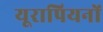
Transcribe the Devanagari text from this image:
यूरापियनों